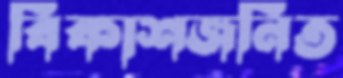
বিকাশজনিত